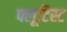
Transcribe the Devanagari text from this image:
फ्लूटिस्ट